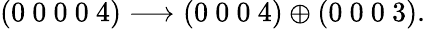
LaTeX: (0~0~0~0~4)\longrightarrow(0~0~0~4)\oplus(0~0~0~3).